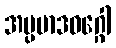
အပ္ပမာဒဝဂ္ဂေါ